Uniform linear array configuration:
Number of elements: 32
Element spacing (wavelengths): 0.25
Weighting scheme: hann
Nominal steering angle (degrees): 15
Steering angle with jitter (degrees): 16.023
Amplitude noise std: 0.05
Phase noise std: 0.05

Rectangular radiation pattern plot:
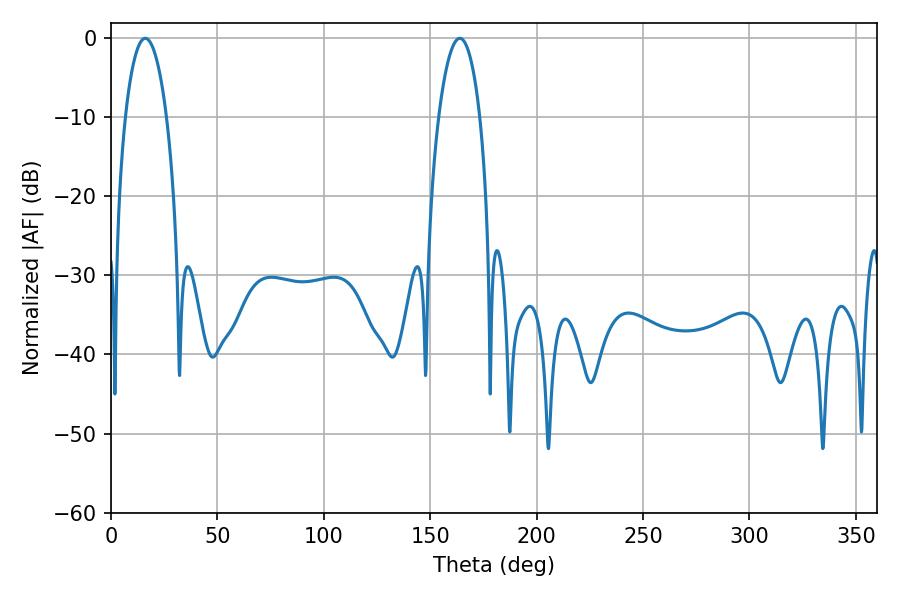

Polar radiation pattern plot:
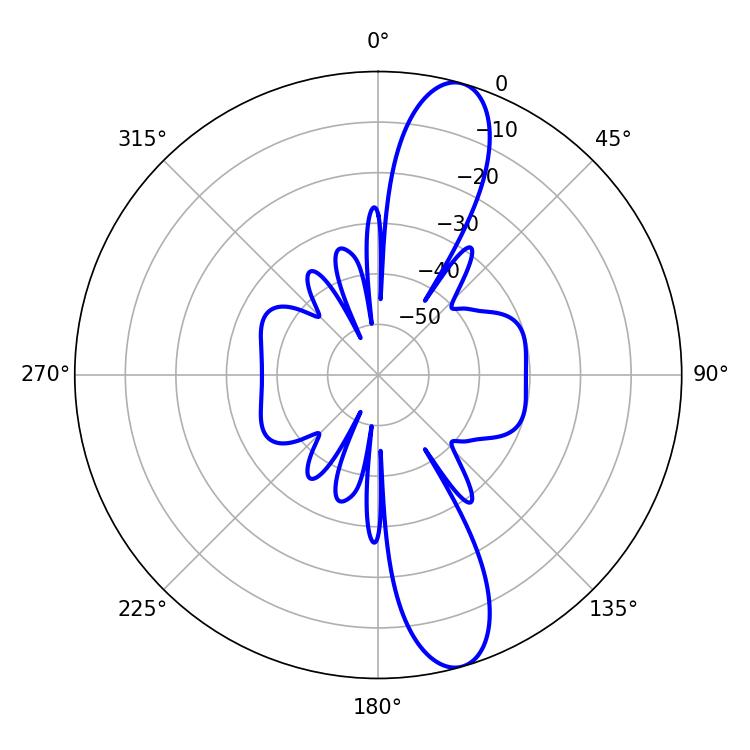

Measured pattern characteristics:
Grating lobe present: FALSE
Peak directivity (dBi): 12.481
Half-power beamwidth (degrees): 10.8
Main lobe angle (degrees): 16.02